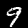
Digit: 9